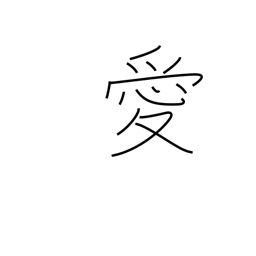
Meaning: affection